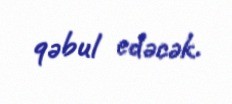
qəbul edəcək.